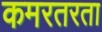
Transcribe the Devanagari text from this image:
कमरतरता